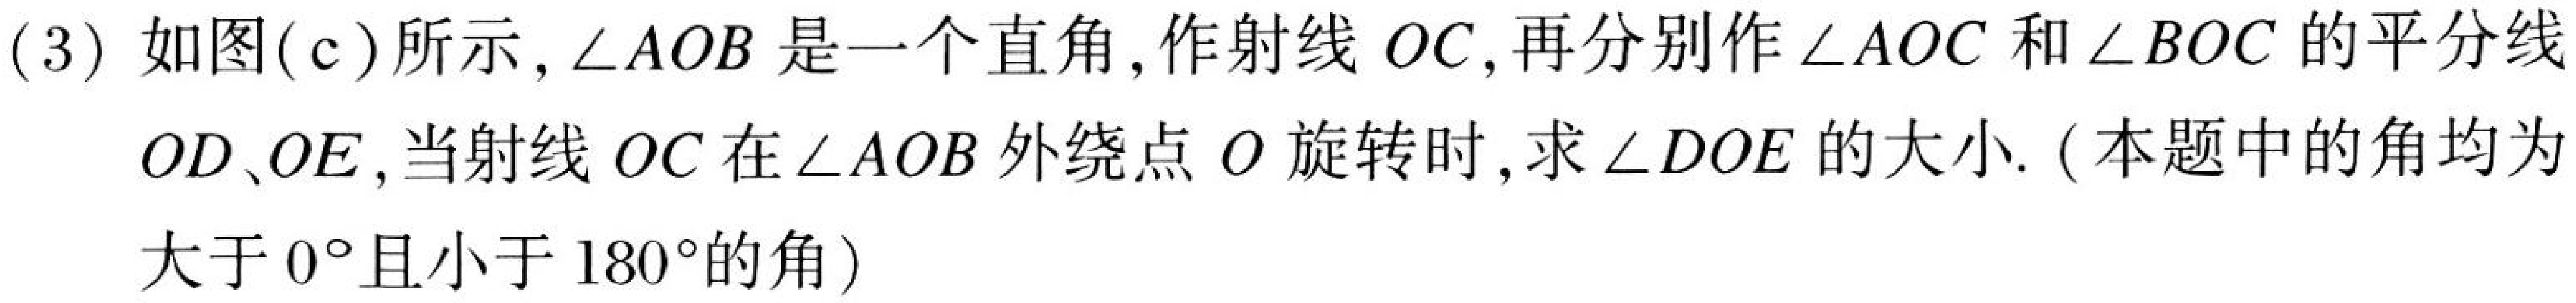
(3) 如图(c)所示, \(\angle AOB\)是一个直角, 作射线\(OC\), 再分别作\(\angle AOC\)和\(\angle BOC\)的平分线
\(OD、OE\), 当射线\(OC\)在\(\angle AOB\)外绕点\(O\)旋转时, 求\(\angle DOE\)的大小. (本题中的角均为
大于\(0^{\circ}\)且小于\(180^{\circ}\)的角)